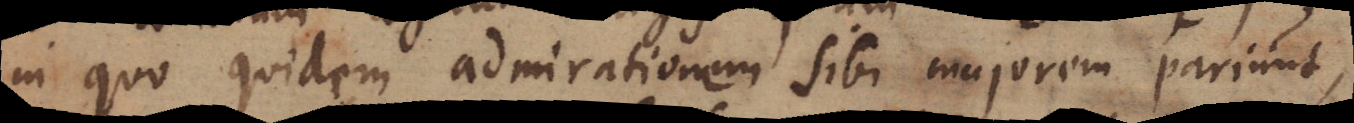
in quo quidem admirationem sibi majorem pariunt,